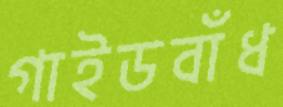
গাইডবাঁধ